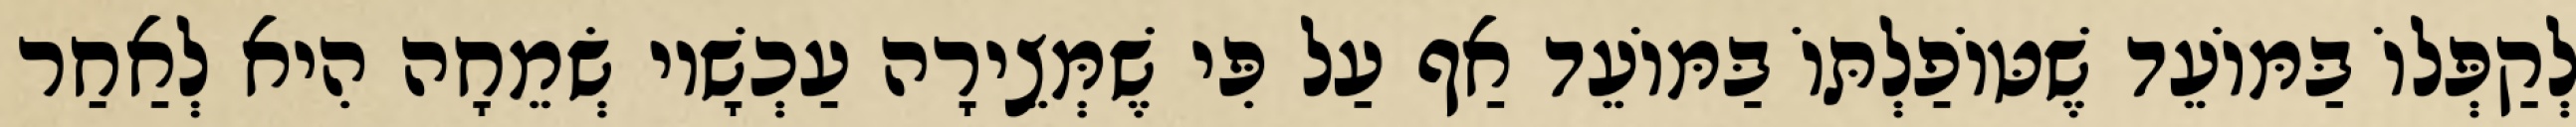
לְקַפְּלוֹ בַּמּוֹעֵד שֶׁטּוֹפַלְתּוֹ בַּמּוֹעֵד אַף עַל פִּי שֶׁמְּצֵירָה עַכְשָׁיו שְׂמֵחָה הִיא לְאַחַר